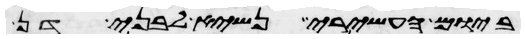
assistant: ביום העשירי נשיא לבני דן